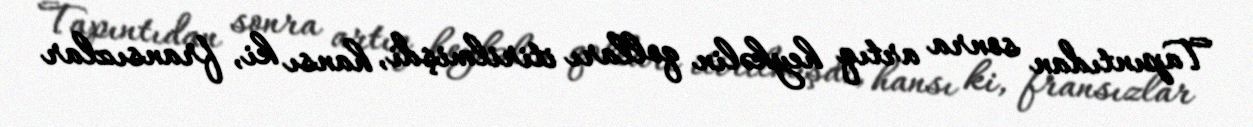
Tapıntıdan sonra artıq heykəlin qolları itirilmişdi, hansı ki, fransızlar